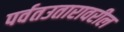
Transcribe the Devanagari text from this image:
पर्वतउतारावरील